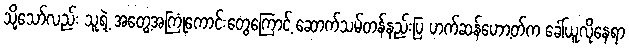
သို့သော်လည်း သူ့ရဲ့ အတွေ့အကြုံကောင်းတွေကြောင့် ဆောက်သမ်တန်နည်းပြ ဟက်ဆန်ဟော့တ်က ခေါ်ယူလိုနေရာ